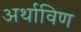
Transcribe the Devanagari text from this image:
अर्थाविण